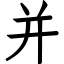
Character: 并